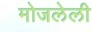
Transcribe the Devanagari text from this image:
मोजलेली